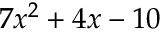
7 { { x } ^ { 2 } } + 4 x - 1 0